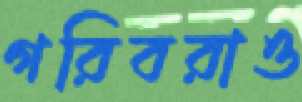
গরিবরাও